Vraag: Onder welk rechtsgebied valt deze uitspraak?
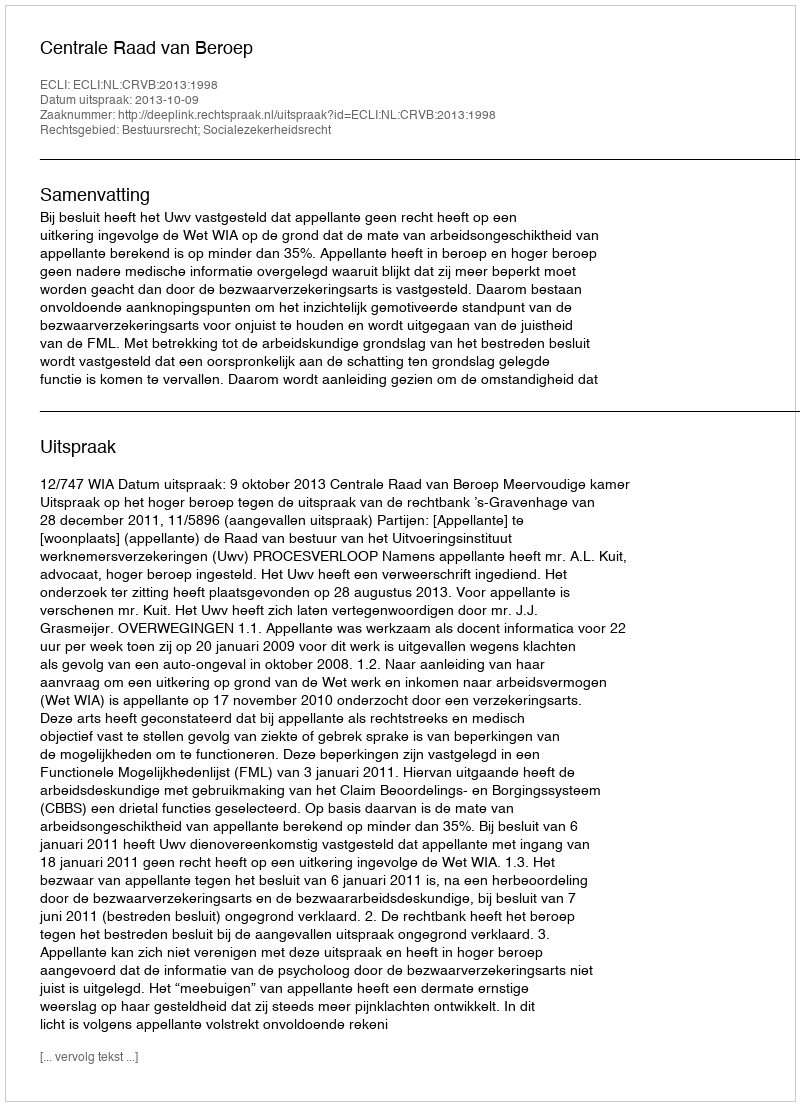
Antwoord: Bestuursrecht; Socialezekerheidsrecht